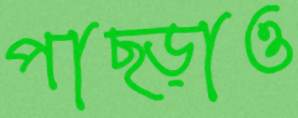
পাছ্‌ড়াও